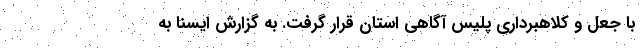
با جعل و کلاهبرداری پلیس آگاهی استان قرار گرفت. به گزارش ایسنا به